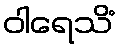
ဝါရေသိံ